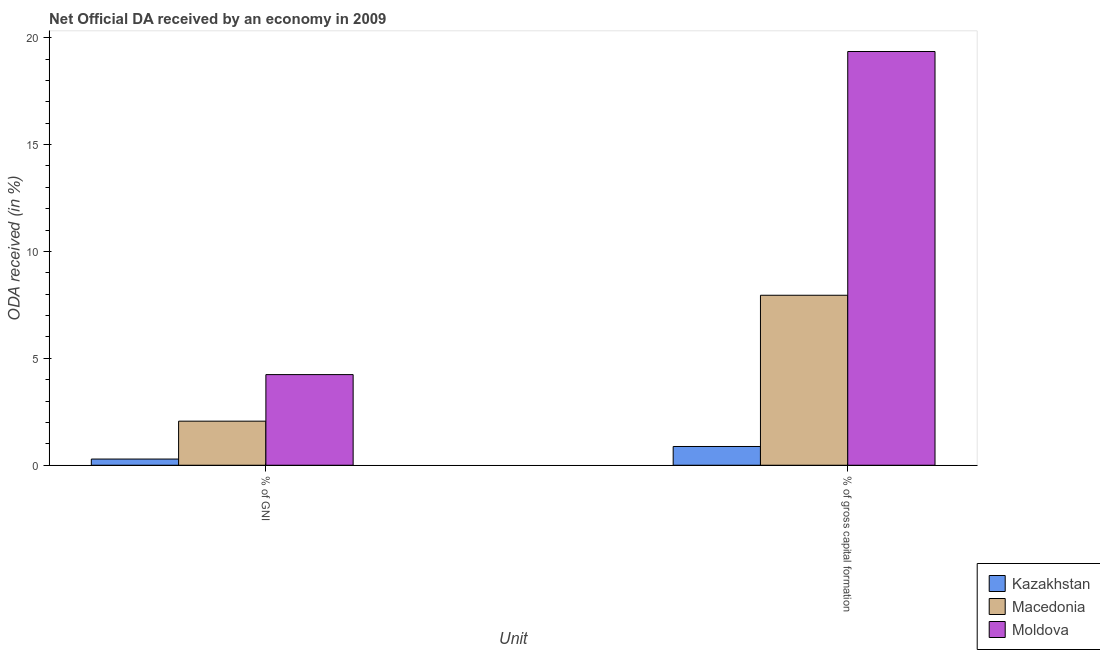
| Unit | Kazakhstan | Macedonia | Moldova |
 | --- | --- | --- | --- |
 | % of GNI | 0.29 | 2.06 | 4.24 |
 | % of gross capital formation | 0.877 | 7.95 | 19.4 |